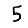
Digit: 5